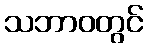
သဘာဝတွင်